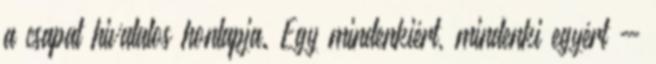
a csapat hivatalos honlapja. Egy mindenkiért, mindenki egyért -